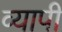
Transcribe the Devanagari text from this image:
व्‍यापी